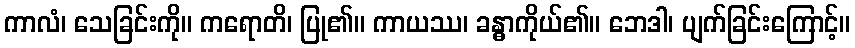
ကာလံ၊ သေခြင်းကို။ ကရောတိ၊ ပြု၏။ ကာယဿ၊ ခန္ဓာကိုယ်၏။ ဘေဒါ၊ ပျက်ခြင်းကြောင့်။